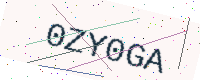
Text: 0ZY0GA